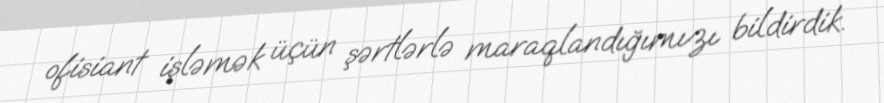
ofisiant işləmək üçün şərtlərlə maraqlandığımızı bildirdik.